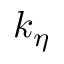
k _ { \eta }